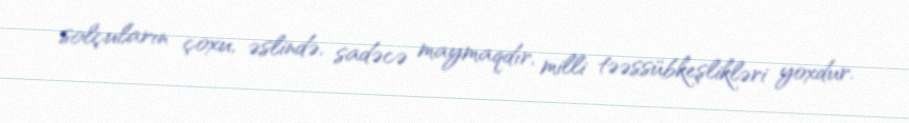
solçuların çoxu, əslində, sadəcə maymaqdır, milli təəssübkeşlikləri yoxdur.